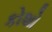
કોશો